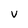
Character: V